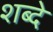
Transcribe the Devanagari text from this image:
शब्दे